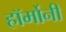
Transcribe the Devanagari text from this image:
हॉर्मोनी